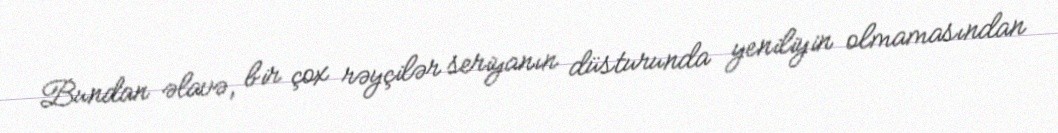
Bundan əlavə, bir çox rəyçilər seriyanın düsturunda yeniliyin olmamasından